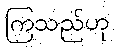
ကြသည်ဟု